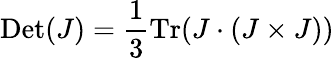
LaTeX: \mathrm{Det}(J)=\frac{1}{3}\mathrm{Tr}(J\cdot(J\times J))